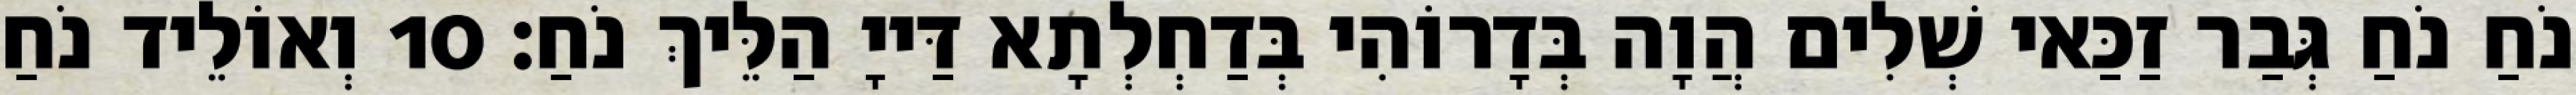
נֹחַ נֹחַ גְּבַר זַכַּאי שְׁלִים הֲוָה בְּדָרוֹהִי בְּדַחְלְתָא דַּייָ הַלֵּיךְ נֹחַ׃ 10 וְאוֹלֵיד נֹחַ